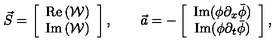
\vec { S } = \left[ \begin{array} { c } { \mathrm { R e } \left( { \mathcal { W } } \right) } \\ { \mathrm { I m } \left( { \mathcal { W } } \right) } \\ \end{array} \right] , \qquad \vec { a } = - \left[ \begin{array} { c } { \mathrm { I m } ( \phi \partial _ { x } \bar { \phi } ) } \\ { \mathrm { I m } ( \phi \partial _ { t } \bar { \phi } ) } \\ \end{array} \right] ,